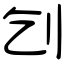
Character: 刉